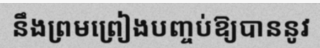
នឹងព្រមព្រៀងបញ្ចប់ឱ្យបាននូវ